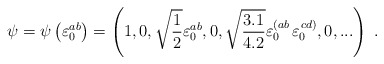
\begin{align*}\psi=\psi\left(\varepsilon^{ab}_0\right)=\left(1,0,\sqrt{{1\over2}}\varepsilon^{ab}_0,0,\sqrt{{3.1\over4.2}}\varepsilon^{\left(ab\right.}_0 \varepsilon^{\left.cd\right)}_0,0,...\right)\;.\end{align*}